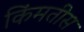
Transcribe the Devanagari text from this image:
किंमतीस